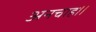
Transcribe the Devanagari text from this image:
अनचाह।।